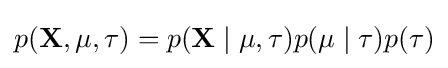
p(\mathbf {X} ,\mu ,\tau )=p(\mathbf {X} \mid \mu ,\tau )p(\mu \mid \tau )p(\tau )